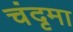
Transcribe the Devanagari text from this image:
चंदृमा